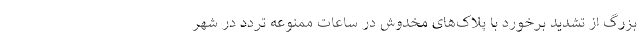
بزرگ از تشدید برخورد با پلاک‌های مخدوش در ساعات ممنوعه تردد در شهر